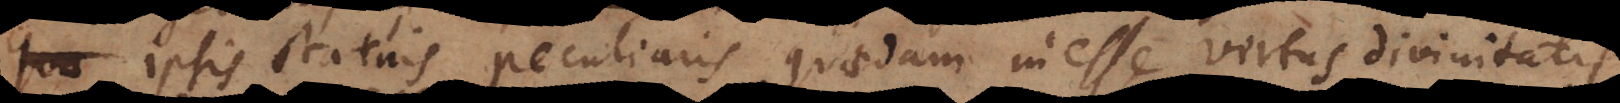
ipsis statuis peculiaris quaedam inesse virtus divinitat